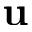
\mathbf { u }